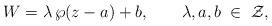
LaTeX: \begin{align*}W=\lambda \, \wp(z-a) + b, \qquad \lambda, a, b \; \in \;{\cal Z},\end{align*}